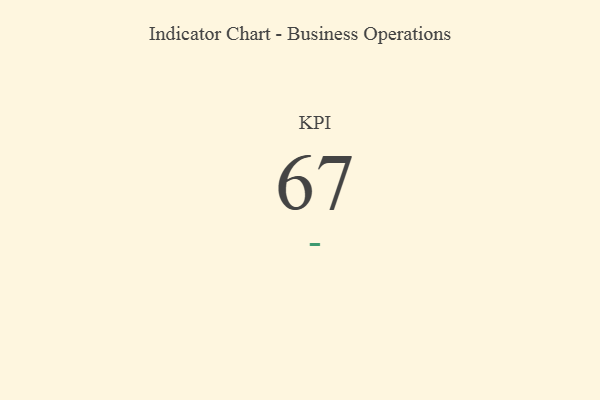
{"axis": {"x": "KPI", "y": "Value"}, "legend": [""], "data": [{"x": "KPI", "y": 67, "type": ""}]}